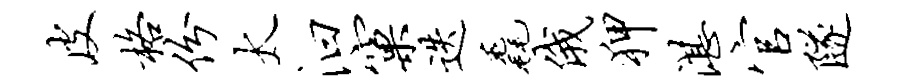
皮格份太汩窠迭毳俄狎湛官隧